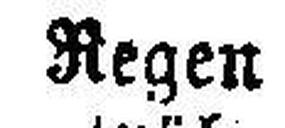
Regen